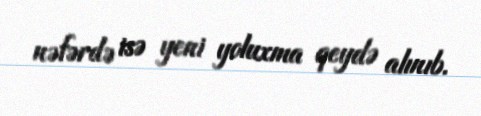
nəfərdə isə yeni yoluxma qeydə alınıb.